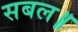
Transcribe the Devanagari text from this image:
सबल॥